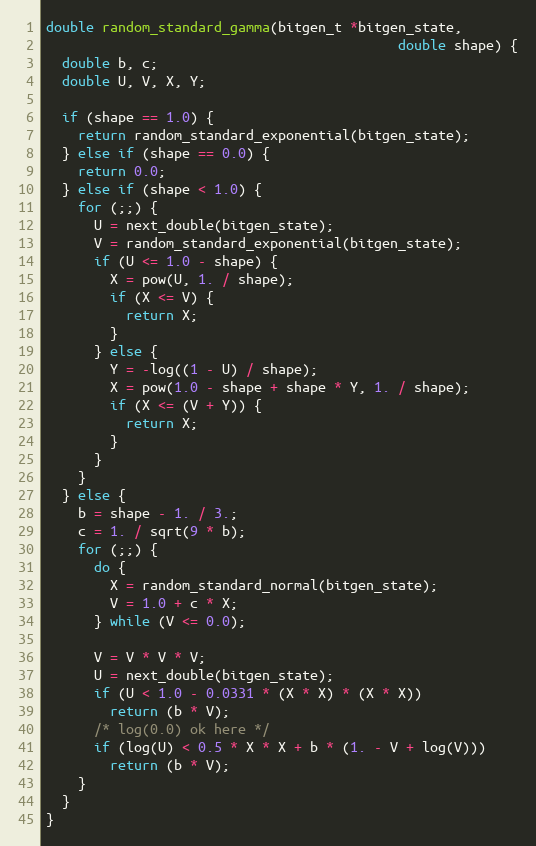
Language: C
double random_standard_gamma(bitgen_t *bitgen_state,
                                            double shape) {
  double b, c;
  double U, V, X, Y;

  if (shape == 1.0) {
    return random_standard_exponential(bitgen_state);
  } else if (shape == 0.0) {
    return 0.0;
  } else if (shape < 1.0) {
    for (;;) {
      U = next_double(bitgen_state);
      V = random_standard_exponential(bitgen_state);
      if (U <= 1.0 - shape) {
        X = pow(U, 1. / shape);
        if (X <= V) {
          return X;
        }
      } else {
        Y = -log((1 - U) / shape);
        X = pow(1.0 - shape + shape * Y, 1. / shape);
        if (X <= (V + Y)) {
          return X;
        }
      }
    }
  } else {
    b = shape - 1. / 3.;
    c = 1. / sqrt(9 * b);
    for (;;) {
      do {
        X = random_standard_normal(bitgen_state);
        V = 1.0 + c * X;
      } while (V <= 0.0);

      V = V * V * V;
      U = next_double(bitgen_state);
      if (U < 1.0 - 0.0331 * (X * X) * (X * X))
        return (b * V);
      /* log(0.0) ok here */
      if (log(U) < 0.5 * X * X + b * (1. - V + log(V)))
        return (b * V);
    }
  }
}